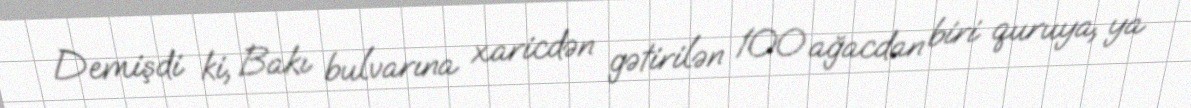
Demişdi ki, Bakı bulvarına xaricdən gətirilən 100 ağacdan biri quruya, ya